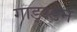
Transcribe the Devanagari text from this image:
गाड्स्डेन